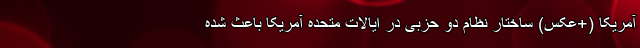
آمریکا (+عکس) ساختار نظام دو حزبی در ایالات متحده آمریکا باعث شده